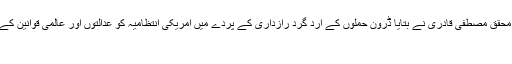
ایمنٹسی انٹرنیشنل کے پاکستان پر محقق مصطفی قادری نے بتایا ڈرون حملوں کے ارد گرد رازداری کے پردے میں امریکی انتظامیہ کو عدالتوں اور عالمی قوانین کے دائرہ کار سے آزاد قتل کرنے کی
کوئلہ الاٹمنٹ یالوٹ کی چھوٹ؟